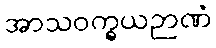
အာသဝက္ခယဉာဏံ